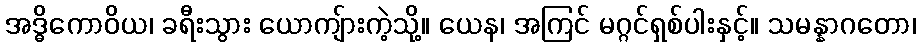
အဒ္ဓိကောဝိယ၊ ခရီးသွား ယောကျ်ားကဲ့သို့။ ယေန၊ အကြင် မဂ္ဂင်ရှစ်ပါးနှင့်။ သမန္နာဂတော၊